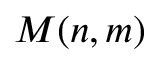
M ( n , m )